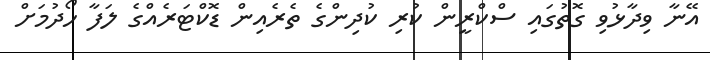
އޭނާ ވިދާޅުވި ގޮތުގައި ސްކްރީން ކުރި ކުދިންގެ ތެރެއިން ޑޮކްޓަރެއްގެ ލަފާ ހޯދުމަށް